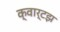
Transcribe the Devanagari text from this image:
क्वार्टझ